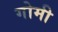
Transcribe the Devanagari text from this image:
गोमी